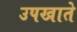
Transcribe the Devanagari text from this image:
उपखाते